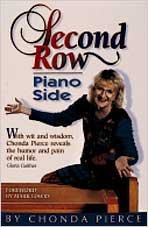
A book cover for Second Row Piano Side; Chonda Pierce; Humor & Entertainment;